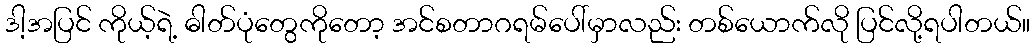
ဒါ့အပြင် ကိုယ့်ရဲ့ ဓါတ်ပုံတွေကိုတော့ အင်စတာဂရမ်ပေါ်မှာလည်း တစ်ယောက်လို ပြင်လို့ရပါတယ်။